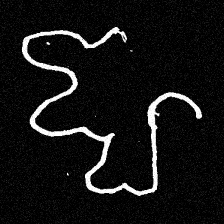
Pyu character \u2014 Myanmar letter: ဈ (romanized: jha)